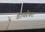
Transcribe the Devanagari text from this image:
डायरैक्ट